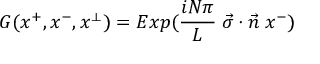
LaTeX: G ( x ^ { + } , x ^ { - } , x ^ { \perp } ) = E x p ( { \frac { i N \pi } { L } } \; \vec { \sigma } \cdot \vec { n } \; x ^ { - } )